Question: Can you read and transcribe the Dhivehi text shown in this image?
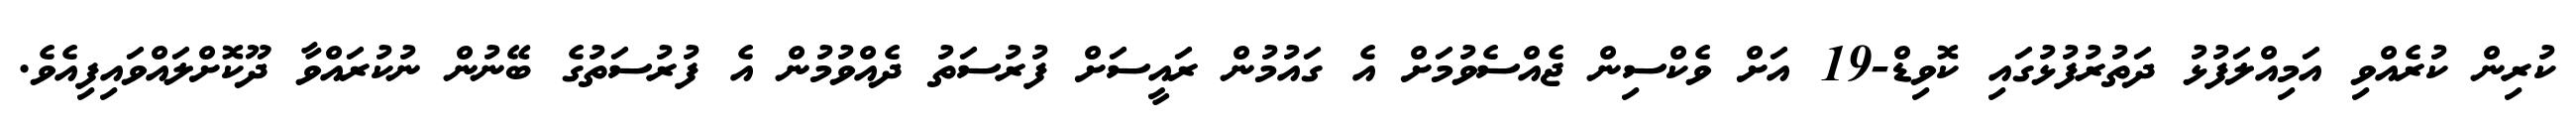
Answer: ކުރިން ކުރެއްވި އަމިއްލަފުޅު ދަތުރުފުޅުގައި ކޮވިޑް-19 އަށް ވެކްސިން ޖެއްސެވުމަށް އެ ގައުމުން ރައީސަށް ފުރުސަތު ދެއްވުމުން އެ ފުރުސަތުގެ ބޭނުން ނުކުރައްވާ ދޫކޮށްލައްވައިފިއެވެ.